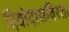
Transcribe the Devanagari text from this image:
दिवोदासविरक्त